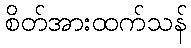
စိတ်အားထက်သန်